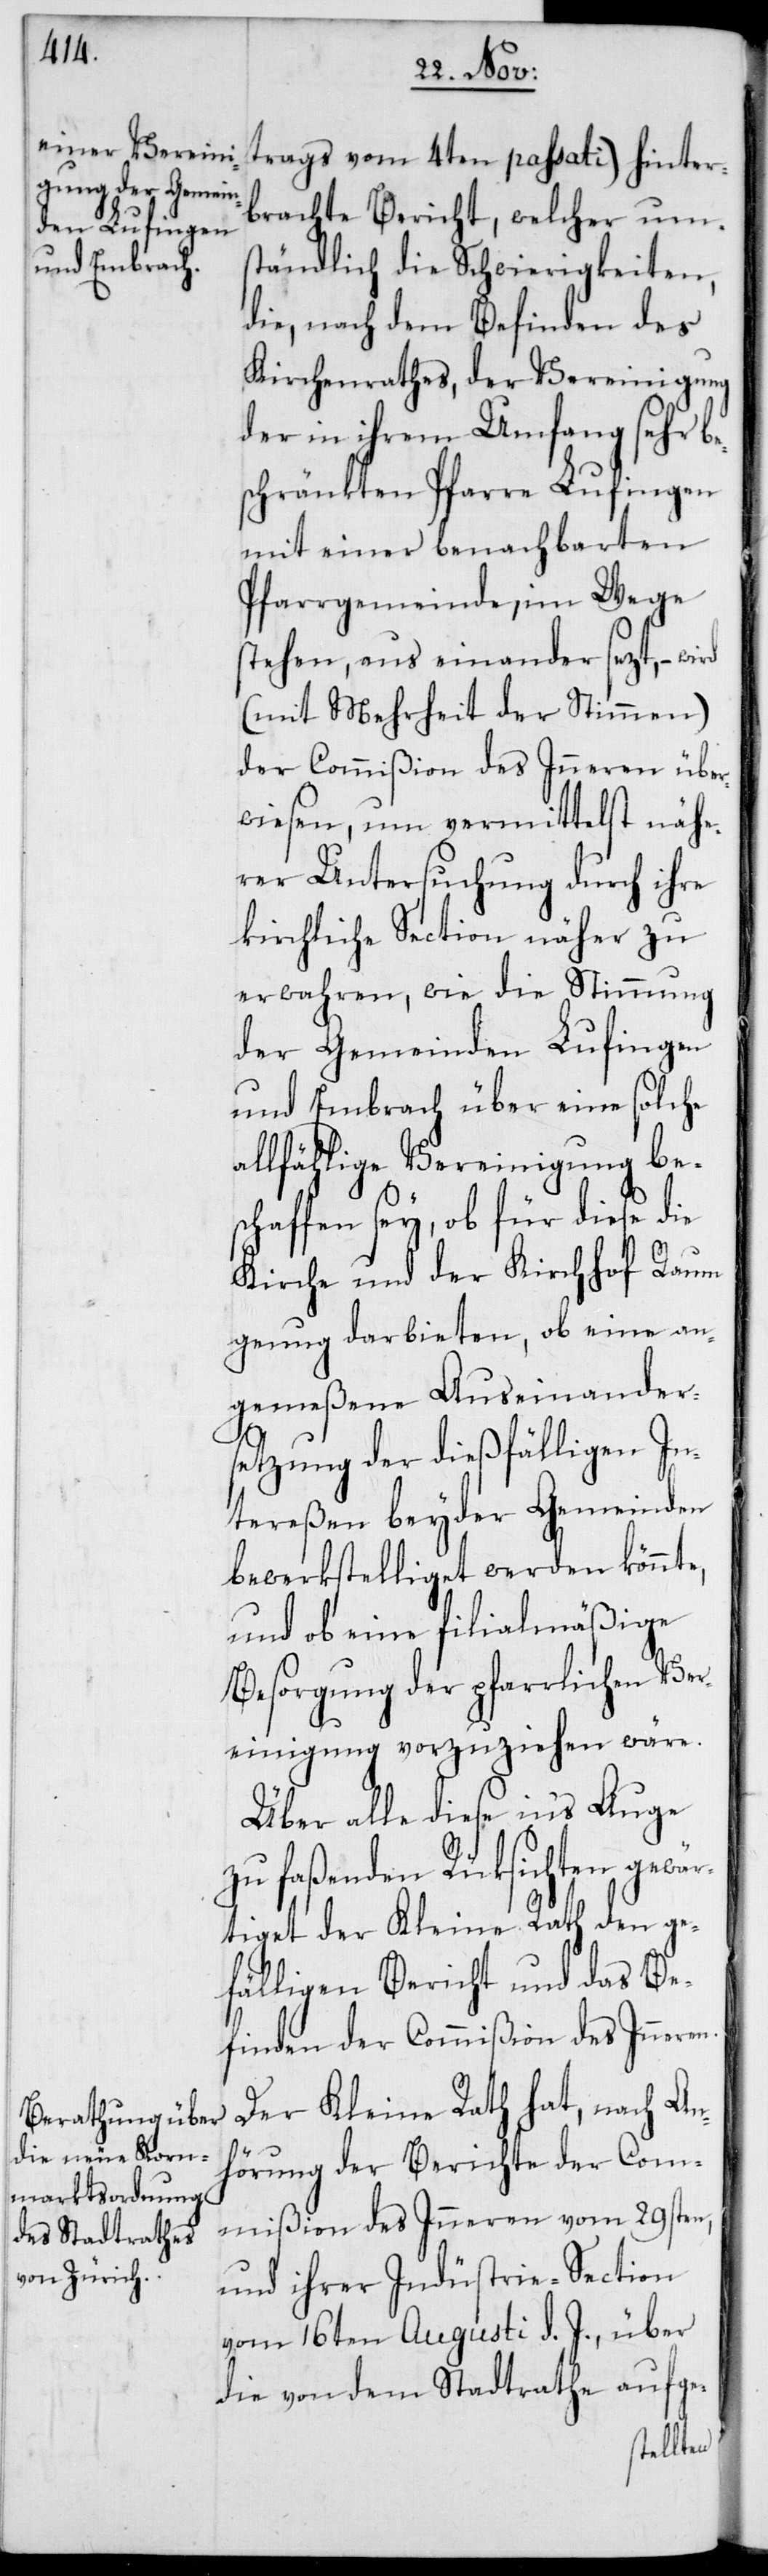
trags vom 4ten passati) hinter¬
brachte Bericht, welcher um¬
ständlich die Schwierigkeiten,
die, nach dem Befinden des
Kirchenrathes, der Vereinigung
der in ihrem Umfang sehr be¬
schränkten Pfarre Lufingen
mit einer benachbarten
Pfarrgemeinde, im Wege
stehen, aus einander sezt, – wird
(mit Mehrheit der Stimmen)
der Commißion des Inneren über¬
wiesen, um vermittelst nähe¬
rer Untersuchung durch ihre
kirchliche Section näher zu
erwahren, wie die Stimmung
der Gemeinden Lufingen
und Embrach über eine solche
allfählige Vereinigung bes¬
chaffen sey, ob für diese die
Kirche und der Kirchhof Raum
genug darbieten, ob eine an¬
gemeßene Auseinander¬
setzung der dießfälligen In¬
tereßen beyder Gemeinden
bewerkstelliget werden könnte,
und ob eine filialmäßige
Besorgung der pfarrlichen Ver¬
einigung vorzuziehen wäre.
Über alle diese in’s Auge
zu faßenden Rüksichten gewä¬
rtiget der Kleine Rath den ge¬
fälligen Bericht und das Be¬
finden der Commißion des Inneren.
Der Kleine Rath hat, nach An¬
hörung der Berichte der Com¬
mißion des Inneren vom 29sten,
und ihrer Indüstrie-Section
vom 16ten Augusti d. J., über
die von dem Stadtrathe aufge-